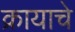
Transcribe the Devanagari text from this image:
क्रायाचे